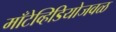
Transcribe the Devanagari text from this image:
माँटेव्हिडियोजवळ